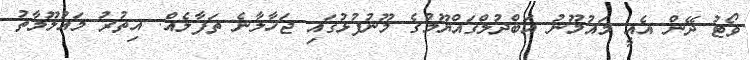
ވޯޓު ދޭން އެއީ މައުމޫނު އަބްދުލްގައްޔޫމުގެ މޫނުފުޅުގައި ޖަހާލާނެ ތަފާލެއް. އިތުރު މައުލޫމާތު